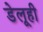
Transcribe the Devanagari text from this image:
डेलूही